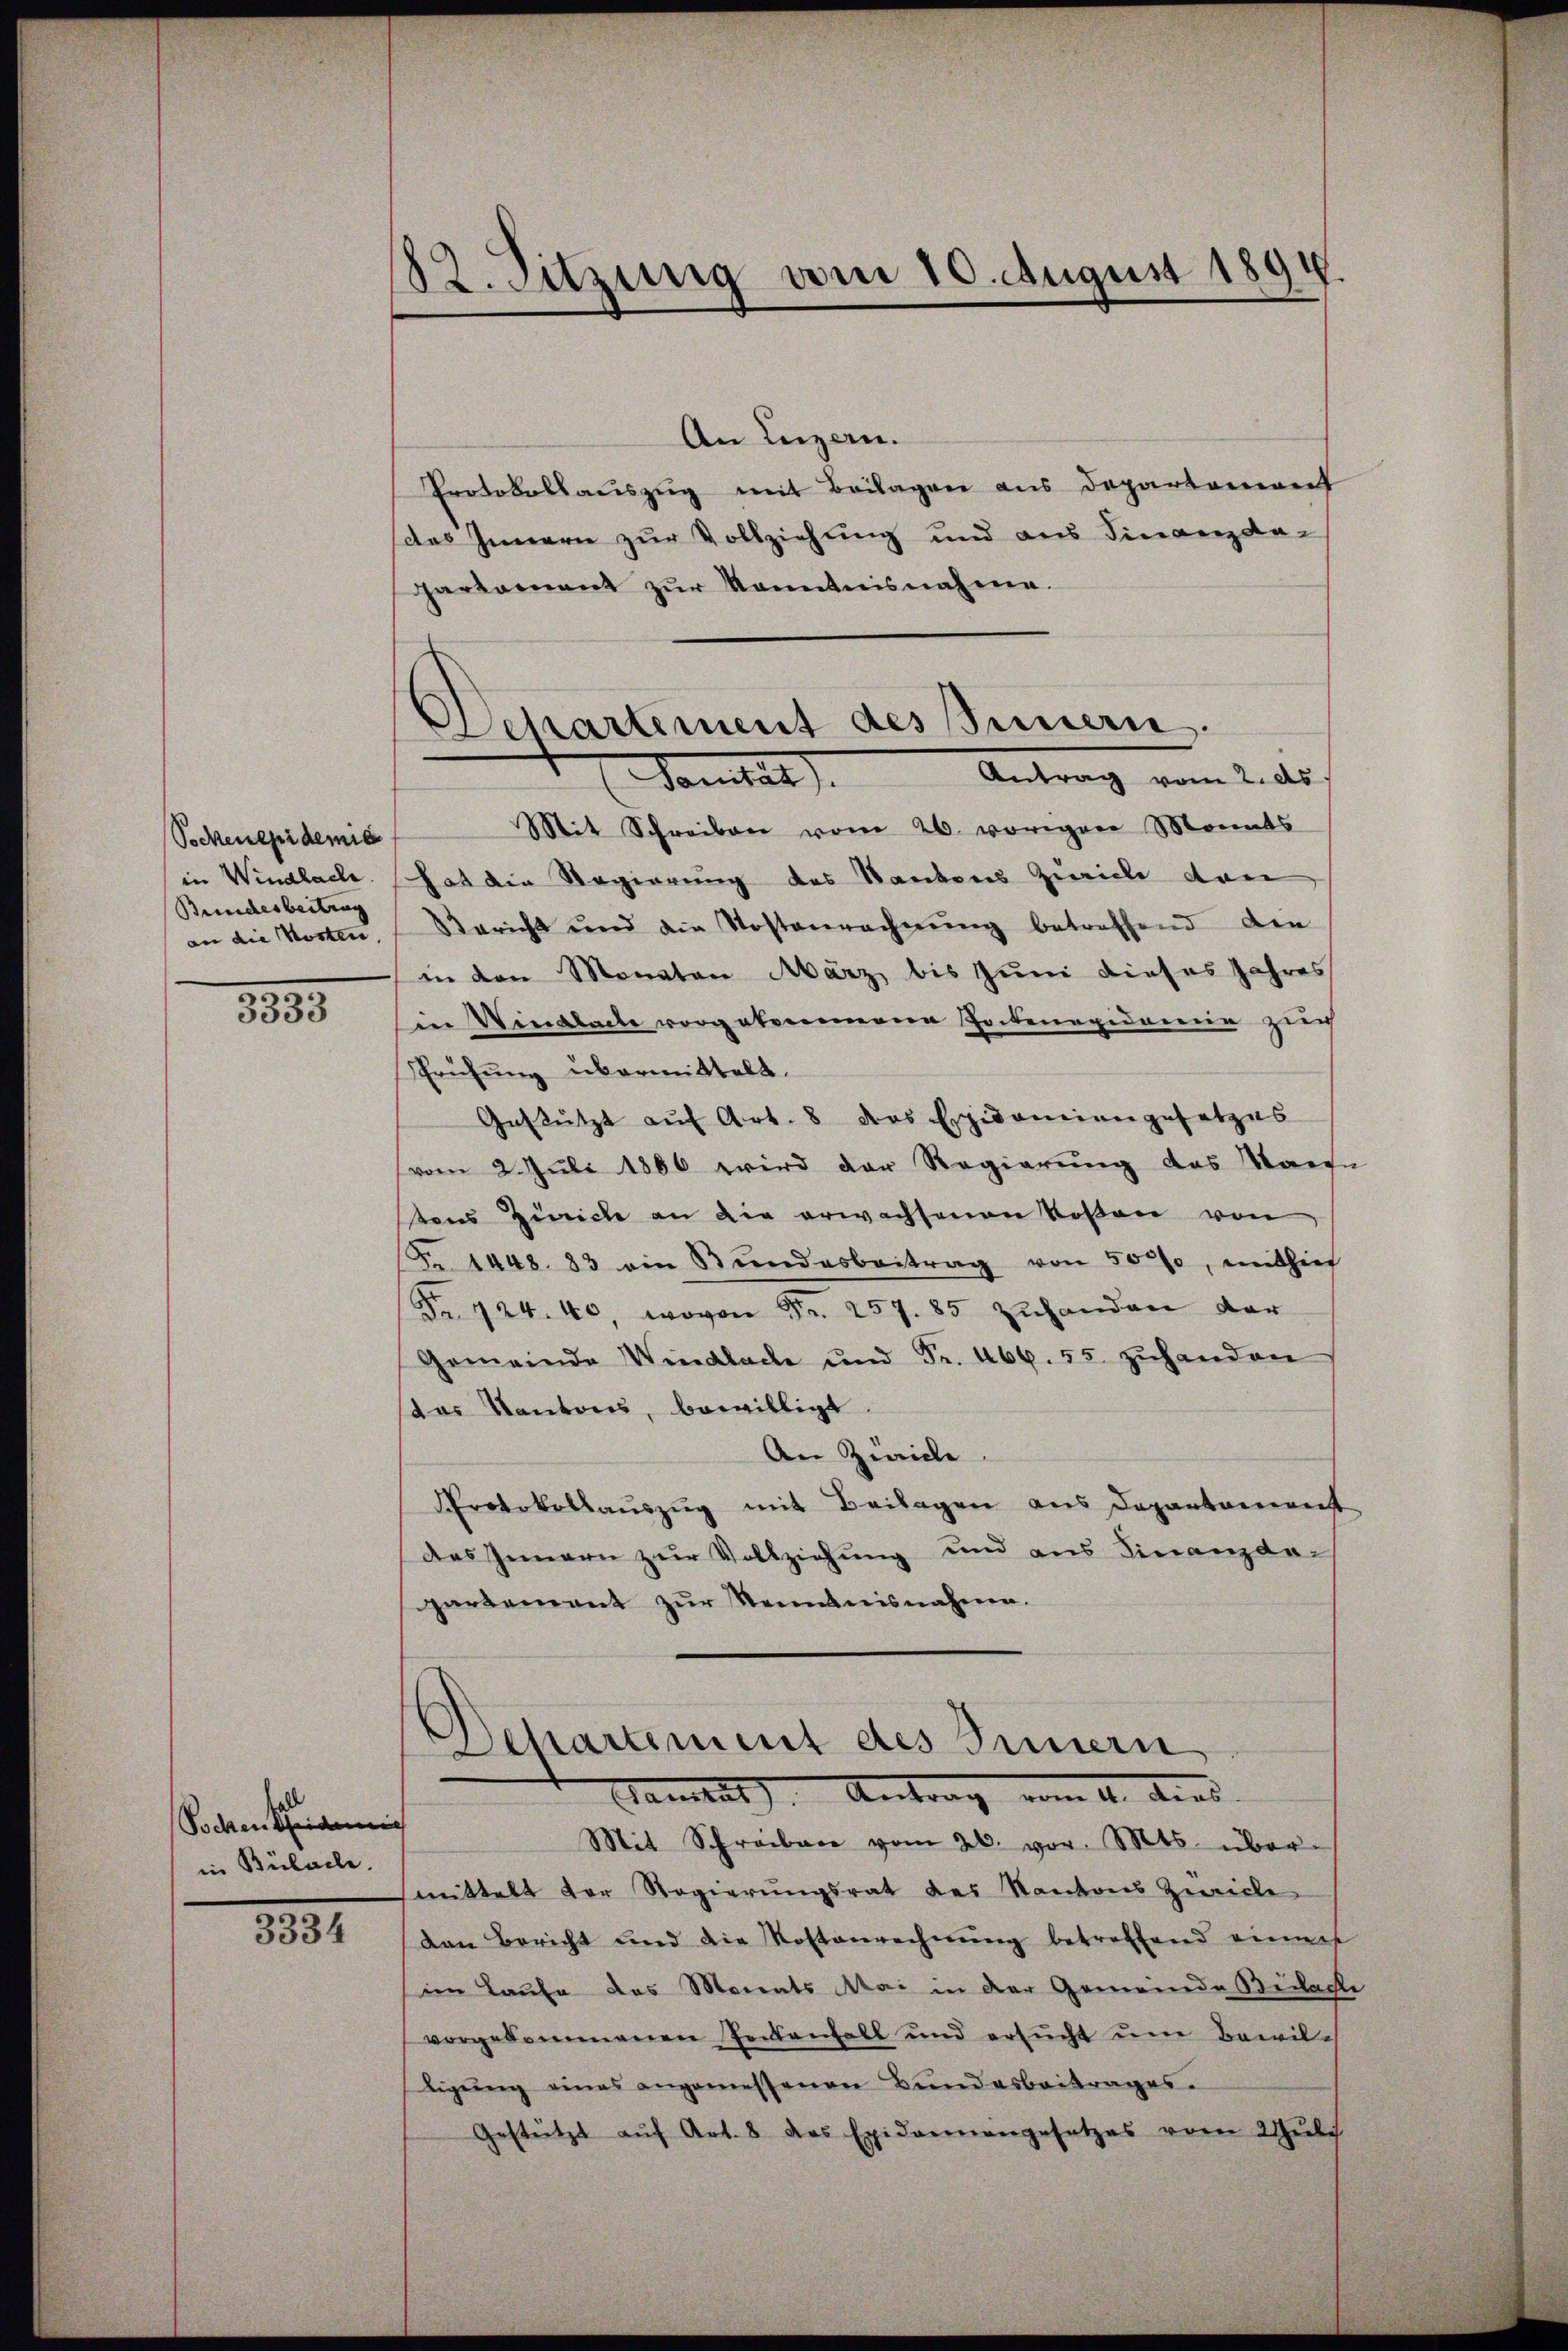
Pockenepidemie
Bundesbeitrag
an die Kosten,
.

3333

Soden Ehrgeich
in Bülache.

3334

82. Sitzung am 10. August 1894

Departement des Innern.
Antrag vom 2. ds.
Somitat

An Luzern.
Protokollauszug mit Beilagen aus Departement
(das Innern zur Vollziehung und aus Finanzda-
partament zŭr Kenntnisnahme.
Mit Schreiben vom 26. vorigen Monats
in Windlach hat die Regierung des Kantons Zürich von
Bericht und die Kostenrechnŭng betreffend den
in den Monaten März bis Juni dieses Jahres
n Vindlache vorgekommene Totenexidarin zur
Prüfŭng übermittelt.
Gestützt aŭf Art. 8 des Expidemiengesetzes
vom 2. Juli 1866 wird der Regierung das Marie
tons Zürich an die erwachsenen Kosten von
Fr. 1448. 83 ein Stŭndesbeitrag von 5000, mithief
Fr. 424. 40, wovon Fr. 257. 85 Zuhanden der
Gemeinde Windlache und Fr. 466. 55. zŭhanden
das Kantons, bewilligt
An Zürich
Protokollaŭszŭg mit Beilagen aus Departement
das Innern zur Vollziehung und aus Finanzda-
gartement zŭr Kenntnisnahme.
Ahartement des Innern
Hamlet). Antrag vom 11. dies
Mit Schreiben vom 26. vor. Mts. über-
fmittelt der Regierungsrat des Kantons Zürich
den Bericht und die Kostenrechnung betreffend einer
im Laufe des Monats Mai in der Gemeinde Bedachte
vorgekommenen Zeckenhall und ersŭcht um Bewil-
tigŭng eines angemessenen Bundesbeitrages.
Gestützt auf Art. 8 das Exidarmengesetzes vom 2 Juli